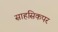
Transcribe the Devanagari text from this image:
साहसिकपर